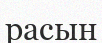
расын